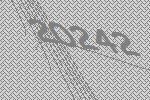
20242